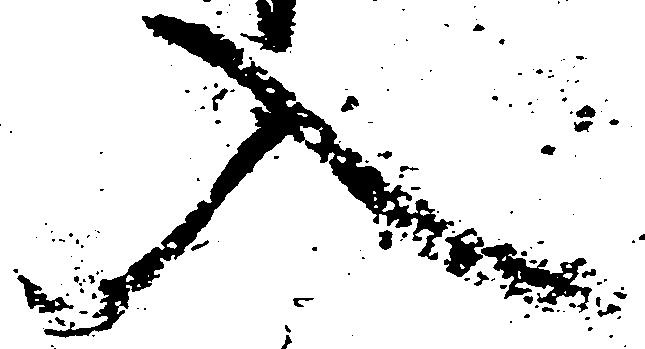
入